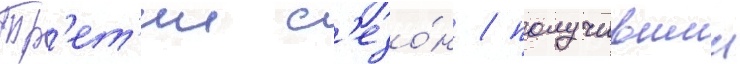
Тр'ет'ии с'езо́н / получившии